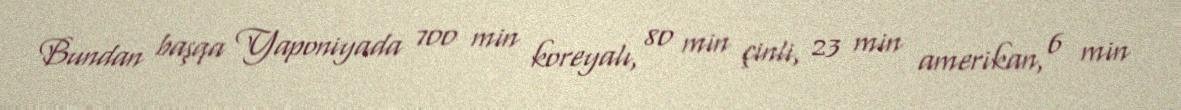
Bundan başqa Yaponiyada 700 min koreyalı, 80 min çinli, 23 min amerikan, 6 min